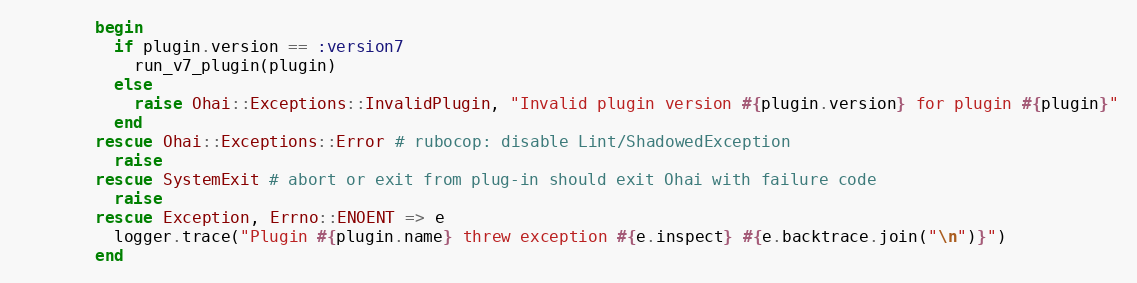
Language: Ruby
        begin
          if plugin.version == :version7
            run_v7_plugin(plugin)
          else
            raise Ohai::Exceptions::InvalidPlugin, "Invalid plugin version #{plugin.version} for plugin #{plugin}"
          end
        rescue Ohai::Exceptions::Error # rubocop: disable Lint/ShadowedException
          raise
        rescue SystemExit # abort or exit from plug-in should exit Ohai with failure code
          raise
        rescue Exception, Errno::ENOENT => e
          logger.trace("Plugin #{plugin.name} threw exception #{e.inspect} #{e.backtrace.join("\n")}")
        end